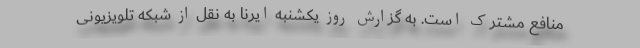
منافع مشترک است. به گزارش روز یکشنبه ایرنا به نقل از شبکه تلویزیونی